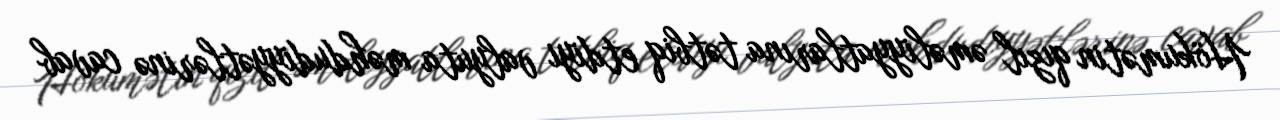
Hökumətin qızıl əməliyyatlarına tətbiq etdiyi valyuta məhdudiyyətlərinə cavab